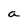
Character: a